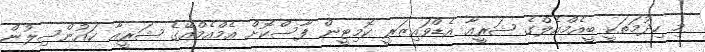
މި ހިދުމަތަކީ ބީއެމްއެލްގެ ޝަރީއާ އެޑްވައިޒަރީ ކޮމިޓީން ފާސްކޮށް އެމްއެމްއޭގެ ޝަރީއާ ކައުންސިލުން